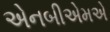
એનબીએમએ